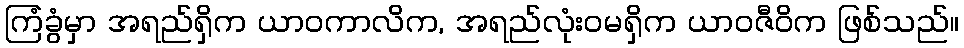
ကြံခွံမှာ အရည်ရှိက ယာဝကာလိက, အရည်လုံးဝမရှိက ယာဝဇီဝိက ဖြစ်သည်။